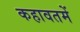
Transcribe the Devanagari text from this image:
कहावतमें